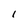
Character: I